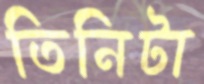
তিনিটা